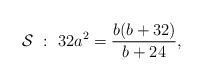
\begin{align*}\mathcal{S}~ :~ 32a^2=\frac{b(b+32)}{b+24},\end{align*}